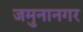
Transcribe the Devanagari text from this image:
जमुनानगर